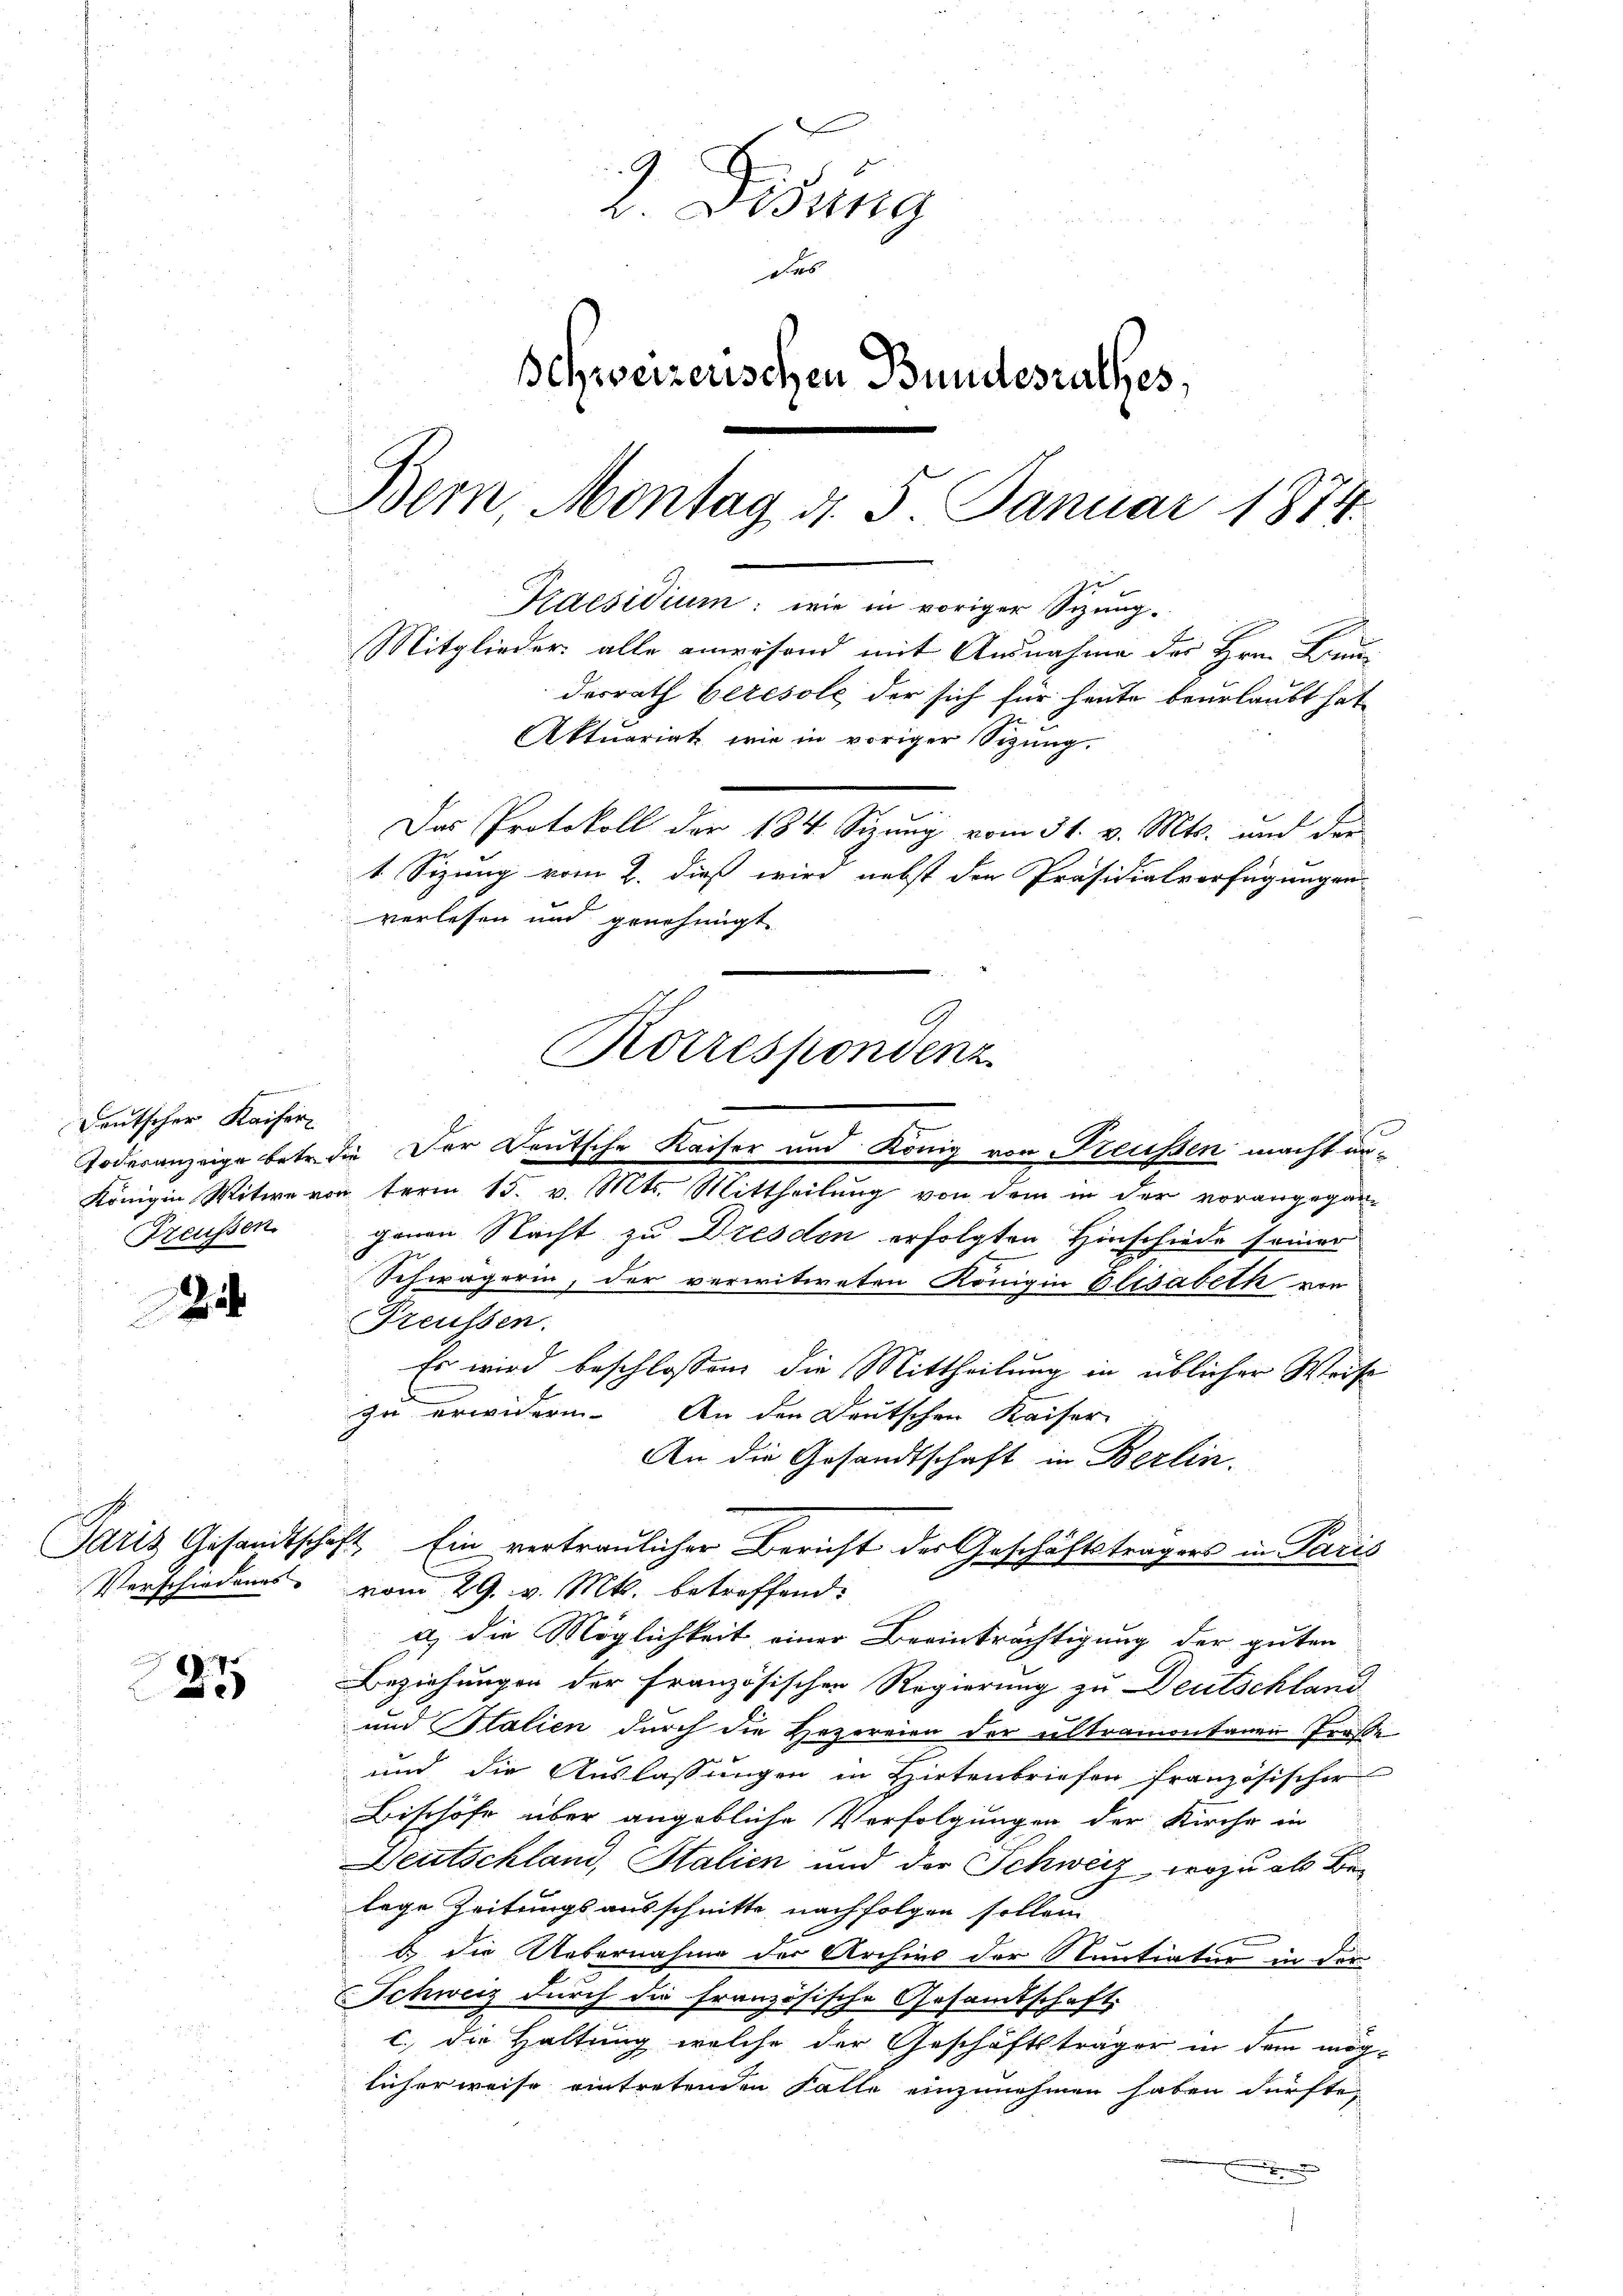
Deutscher Kaiser
Freussen

Verschiedungs

A
e

u
2. Disung
das
Schweizerischen Bundesrathes,
Bern, Montag d. 5. Januar 1874.
Praesidium: wie in voriger Sizung¬
Mitglieder alle anwesend mit Ausnahme des Hrn. Fraudesrath beresole, der sich für heute beurlaubt hat
Aktuariat wie in voriger Sizung.
Das Protokoll der 184. Sizung vom 31. v. Mts. und der
1. Sitzung vom 2. dieß wird nebst der Präsidialverfügungen
verlesen und genehmigt

B
Todesanzeige betr. die Der Deutsche Kaiser und König von Kreissen macht un¬
Königin Witwe vonterm 15. v. Mts. Mittheilŭng von dem in der vorangegan-
jenen Nacht zu Dresden erfolgten Hinschiede seiner
Schwägerin, der verwitweten Königin Glisabeth von
Preussen.
Es wird beschlossen, die Mittheilung in üblicher Weise
zu erwidern. An den Deutschen Kaiser
An die Gesandtschaft in Berlin.
Paris Gesandtschaft. Ein vertraulicher Bericht der Geschäftsträgers in Paris
vom 29. v. Mts. betreffend:
a) die Möglichkeit einer Beeinträchtigung der guten
Beziehungen der Französischen Regierung zu Deutschland
und Stalien durch die Hezereien der altramontanen Trosse
und die Auslassungen in Hirtenbriefen französischer
Bischöfe über angebliche Verfolgungen der Kirche in
Deutschland, Stalien und der Schweiz, wozu als Belege Zeitungsausschnitte nachfolgen sollen
b. die Uebernahme der Archivs der Stuntiatur in der
Schweiz durch die französische Gesamtschaft
c. die Haltung welche der Geschäftsträger in dem mög-
licherweise eintretenden Falle einzunehmen haben dürfte,
x

Korrespondenz